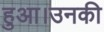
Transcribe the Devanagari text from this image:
हुआ।उनकी